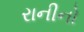
રાનીનો